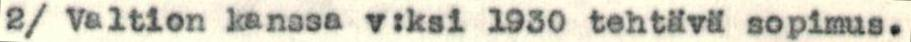
2/ Valtion kanssa v:ksi 1930 tehtävä sopimus.